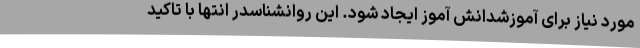
مورد نیاز برای آموزشدانش آموز ایجاد شود. این روانشناسدر انتها با تاکید